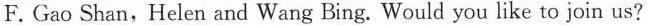
F. Gao Shan,Helen and Wang Bing. Would you like to join us?